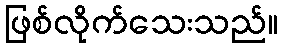
ဖြစ်လိုက်သေးသည်။